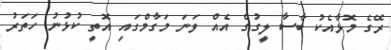
ރޭގެ މޮޅާއެކު ބާސާ ލީގުގެ އެއް ވަނަ މަގާމްގައި އޮތީ ކުޅުނު ހަތަރު